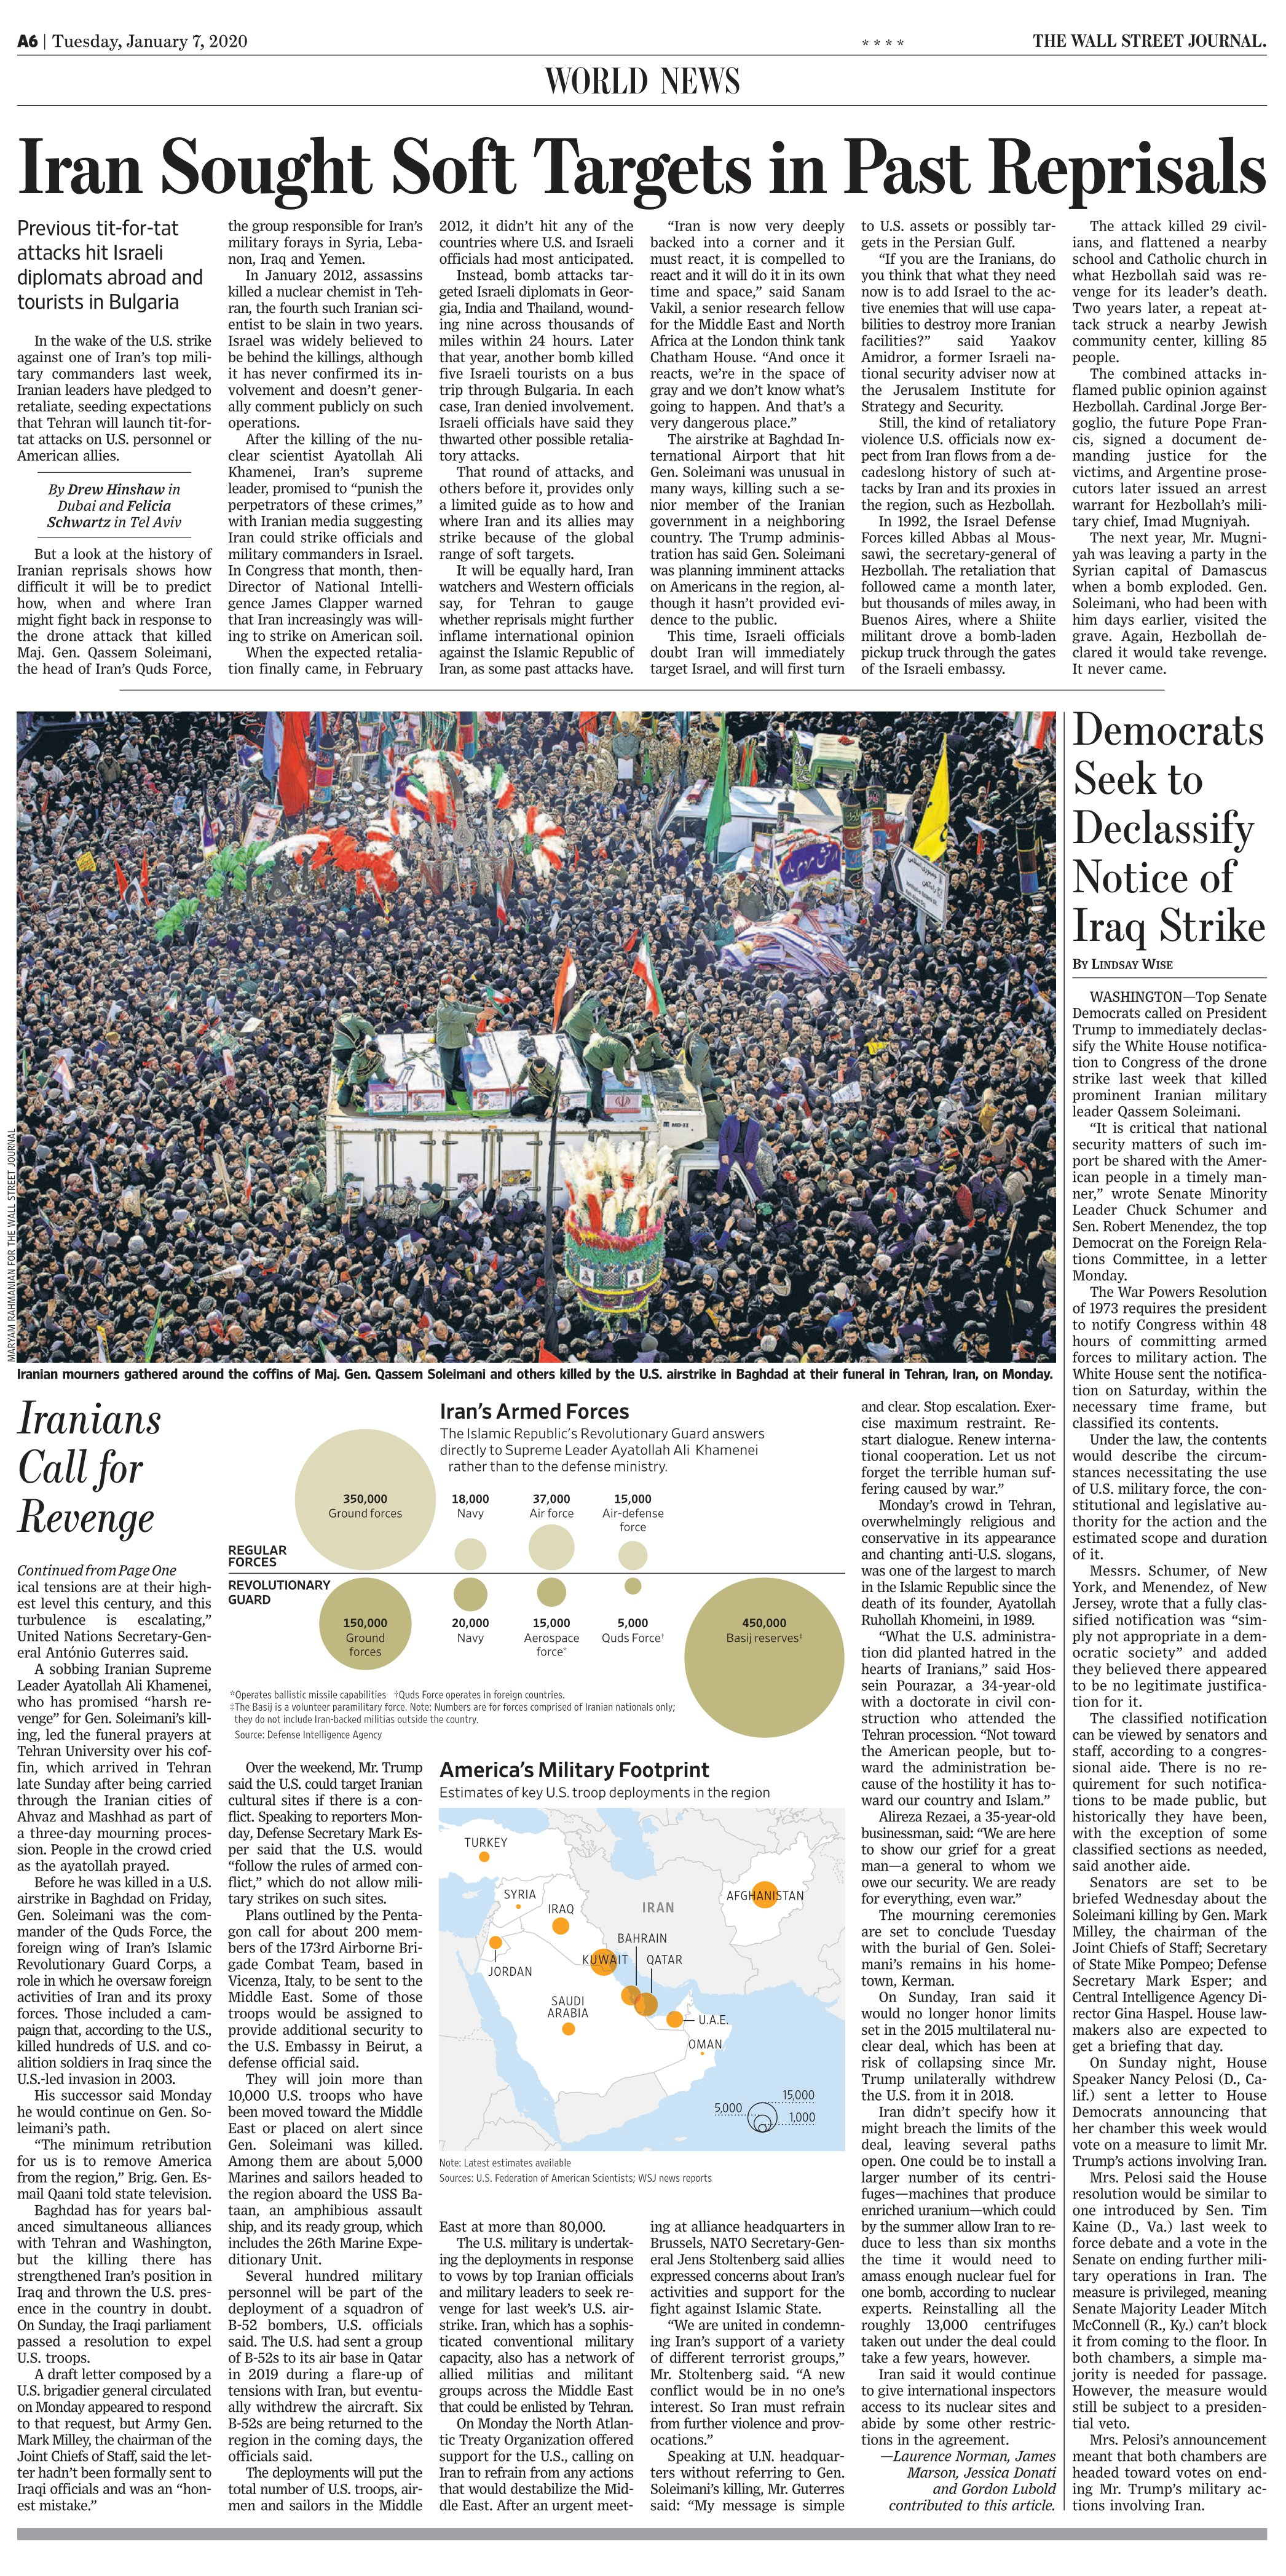
Language: en